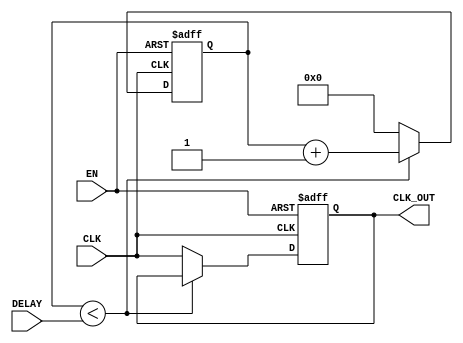
module DelayClockBuffer (
    input wire CLK,           // Input clock signal
    input wire EN,            // Enable signal
    input wire [3:0] DELAY,   // Delay control (4-bit for example)
    output reg CLK_OUT        // Delayed clock output
);

    // Parameter for simulation delay (this can be adjusted based on your requirements)
    parameter SIMULATION_DELAY = 1; // Adjust delay in simulation as needed

    // Internal signal to handle delayed clock
    reg [3:0] clk_counter;

    always @(posedge CLK or negedge EN) begin
        if (!EN) begin
            // If disabled, hold the output stable (could be set to 0 or last value)
            CLK_OUT <= 1'b0; // or retain previous value if using a flip-flop approach
            clk_counter <= 0; // Reset counter when disabled
        end else begin
            // Increment the counter based on the delay setting
            if (clk_counter < DELAY) begin
                clk_counter <= clk_counter + 1'b1;
            end else begin
                // Output the delayed clock
                CLK_OUT <= CLK;
                clk_counter <= 0; // Reset counter after the clock is output
            end
        end
    end

endmodule